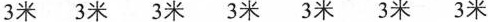
3米 3米 3米 3米 3米 3米 3米